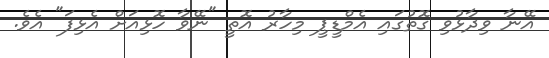
އޭނާ ވިދާޅުވި ގޮތުގައި އެމްޑީޕީ މިހާރު އޮތީ "ނޭވާ ހޮޅިއަށް އެޅިފަ" އެެވެ.